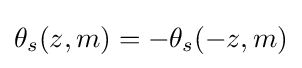
\theta _{s}(z,m)=-\theta _{s}(-z,m)